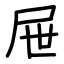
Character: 屉